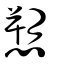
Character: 愬